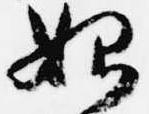
始